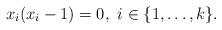
LaTeX: \begin{align*}x_i(x_i-1)=0, \,\, i\in\{1,\ldots,k\}.\end{align*}